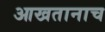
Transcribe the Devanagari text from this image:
आखतानाच